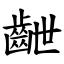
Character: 齛